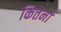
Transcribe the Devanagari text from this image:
कितना